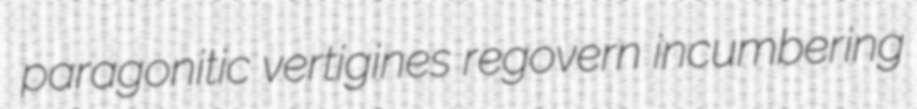
paragonitic vertigines regovern incumbering